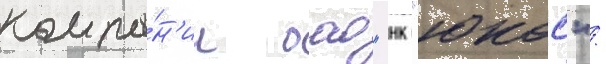
компа́н'ии оао "нк "юкос".